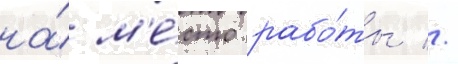
на́ м'е́сто рабо́ты //